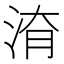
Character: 𱦚